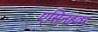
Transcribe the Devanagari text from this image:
एसिनहवर